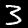
Label: 3